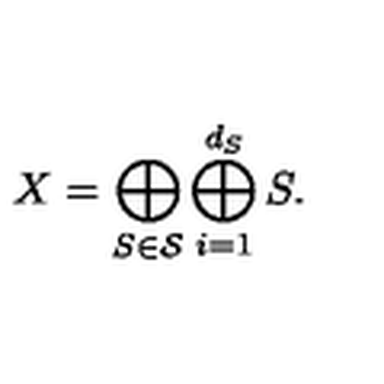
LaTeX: X = \bigoplus _ { S \in { \cal S } } \bigoplus _ { i = 1 } ^ { d _ { S } } S .